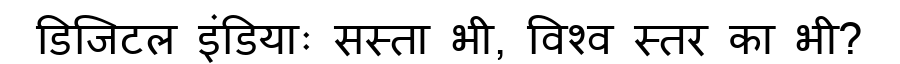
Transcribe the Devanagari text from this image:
डिजिटल इंडियाः सस्ता भी, विश्व स्तर का भी?